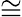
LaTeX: \cong